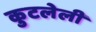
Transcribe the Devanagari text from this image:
कुटलेली